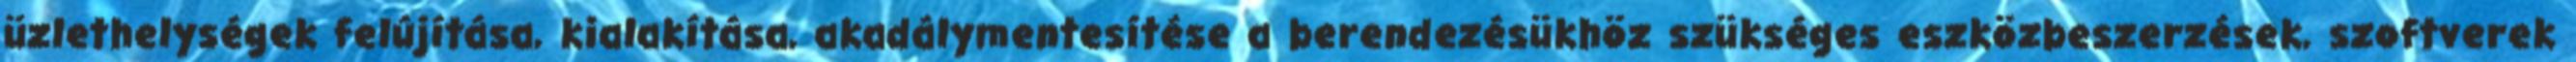
üzlethelységek felújítása, kialakítása, akadálymentesítése a berendezésükhöz szükséges eszközbeszerzések, szoftverek